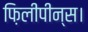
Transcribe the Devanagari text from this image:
फ़िलीपीन्स।